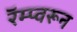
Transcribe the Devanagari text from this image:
रॅम्प्वरून